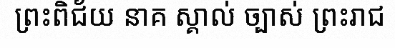
ព្រះពិជ័យ នាគ ស្គាល់ ច្បាស់ ព្រះរាជ